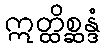
ဣတ္ထိစ္ဆန္ဒံ